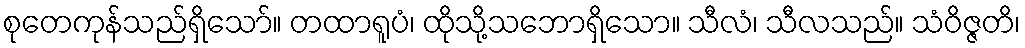
စုတေကုန်သည်ရှိသော်။ တထာရူပံ၊ ထိုသို့သဘောရှိသော။ သီလံ၊ သီလသည်။ သံဝိဇ္ဇတိ၊